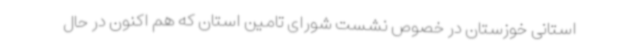
استانی خوزستان در خصوص نشست شورای تامین استان که هم اکنون در حال